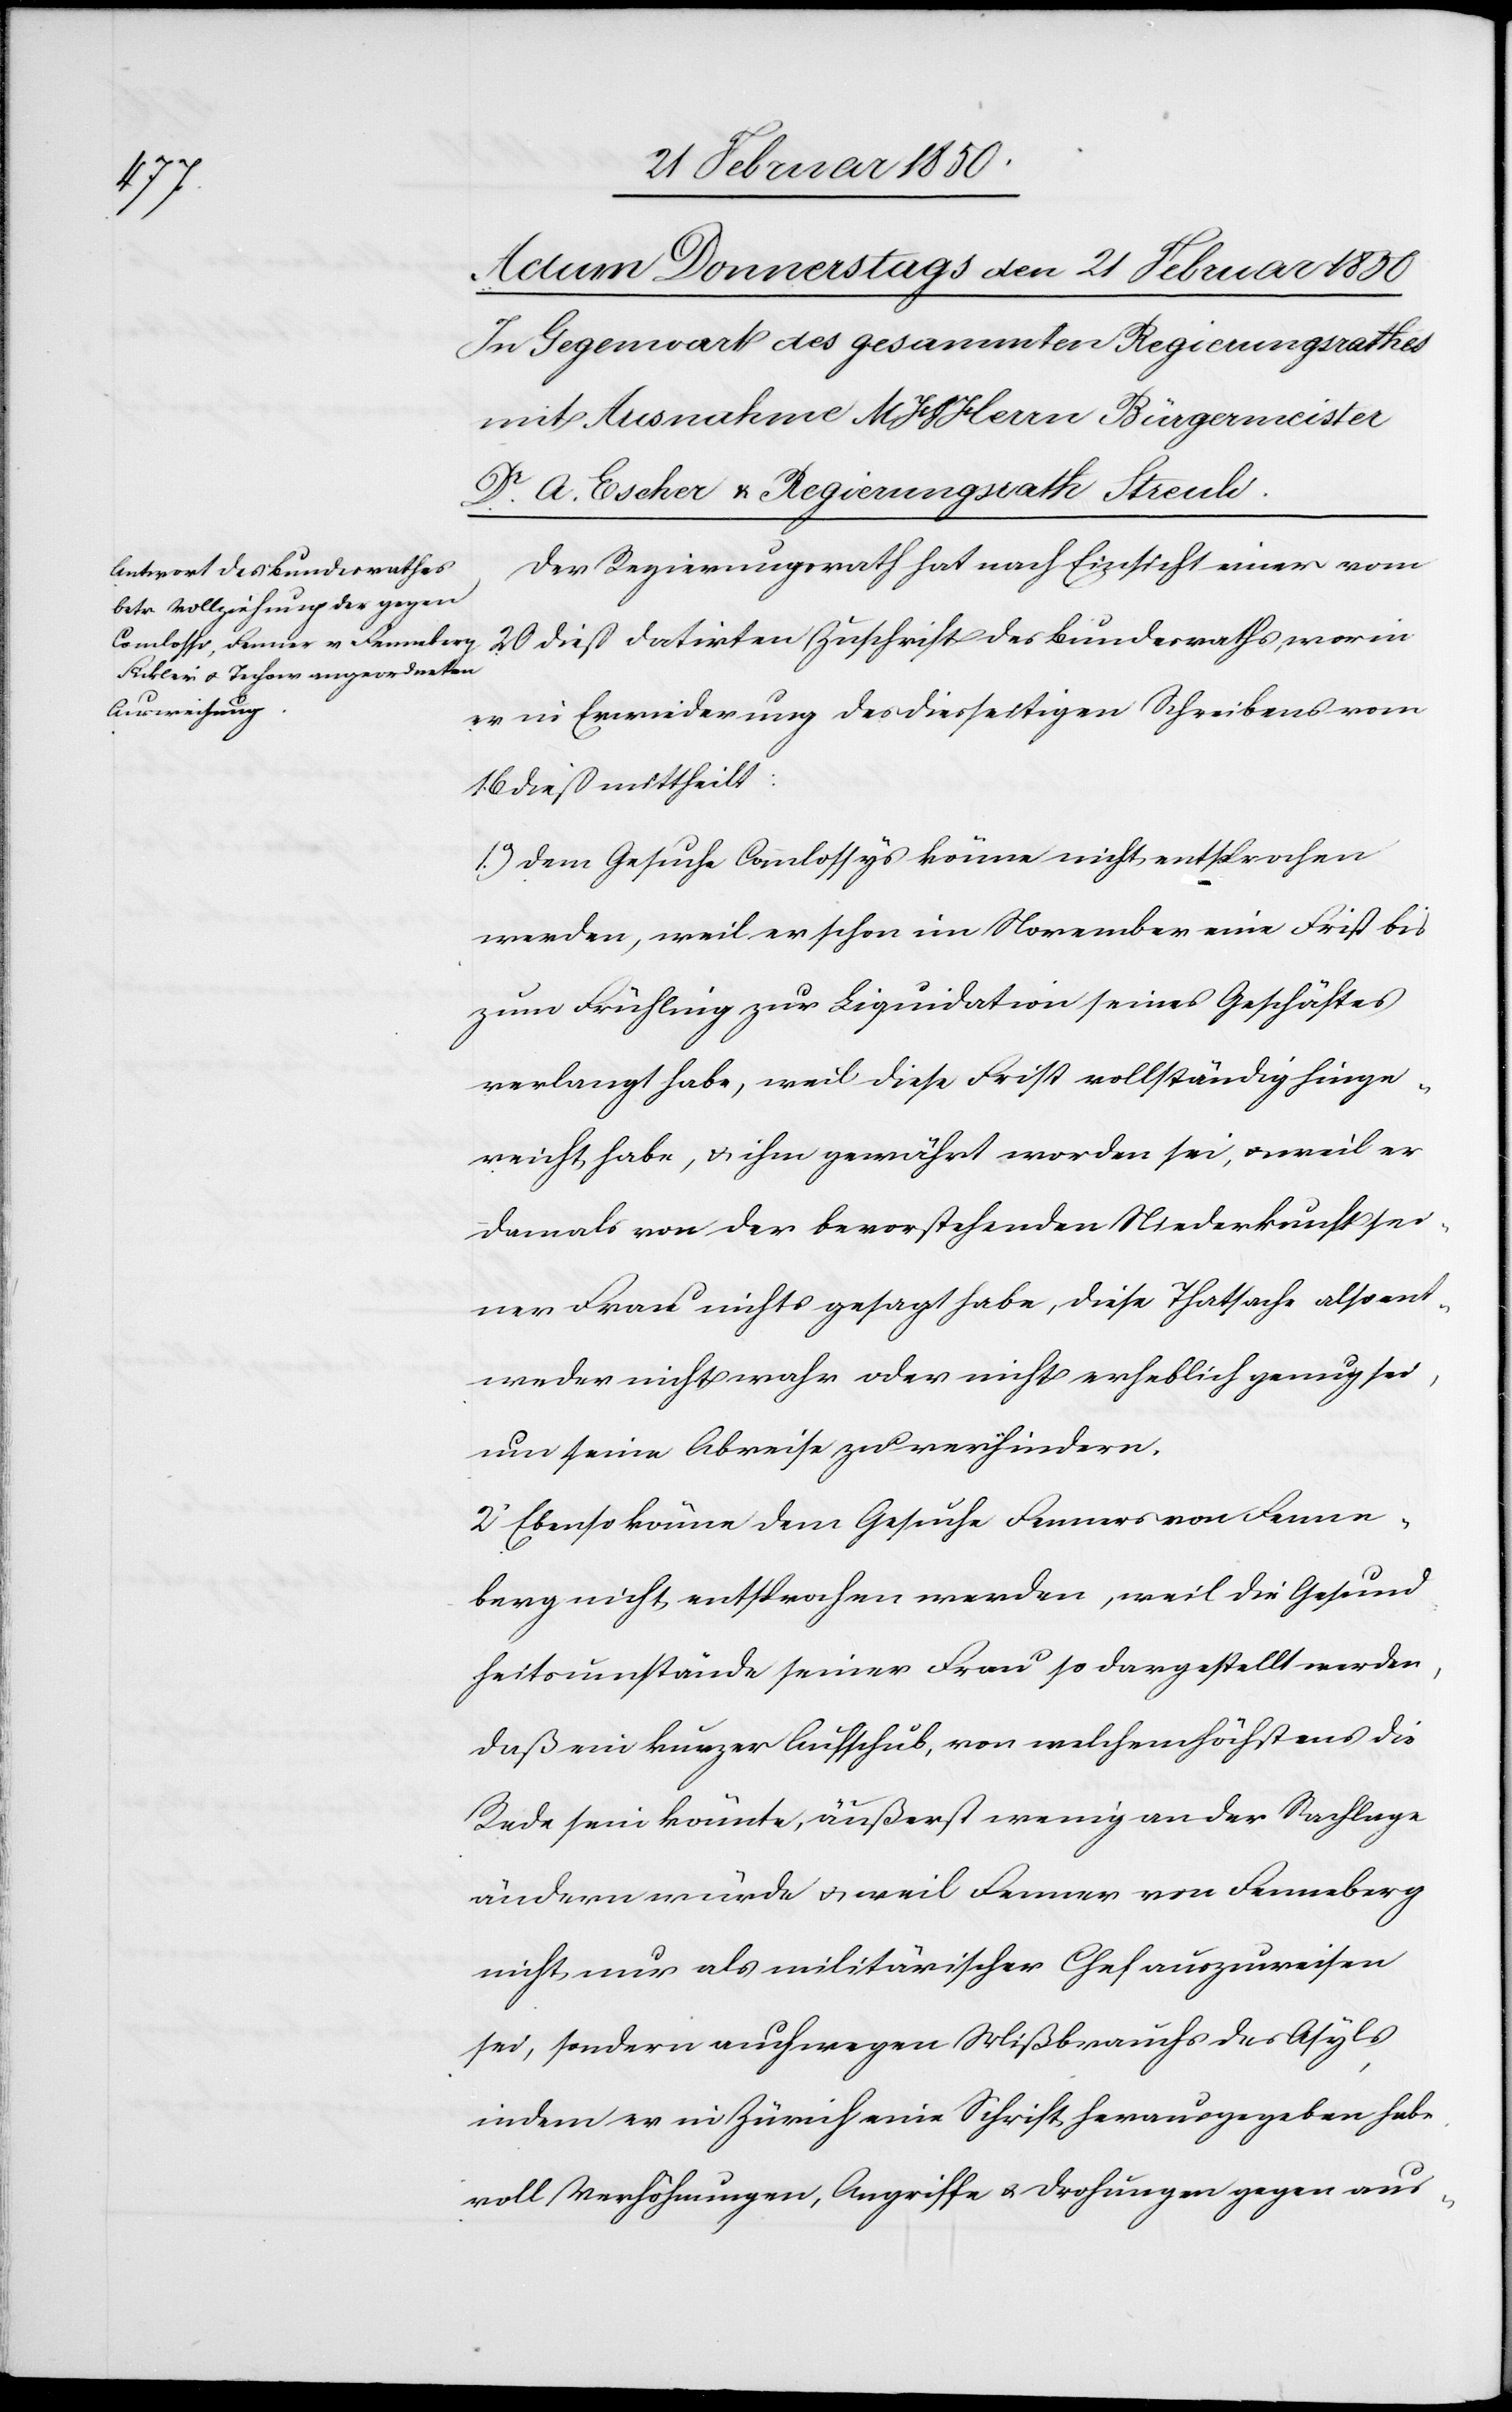
Der Regierungsrath hat nach Einsicht einer vom
20 dies datirten Zuschrift des Bundesrathes, worin
er in Erwiederung des diesseitigen Schreibens vom
16 dies mittheilt:
1.o) Dem Gesuche Comlossys [sic!] könne nicht entsprochen
werden, weil er schon im November eine Frist bis
zum Frühling zur Liquidation seines Geschäftes
verlangt habe, weil diese Frist vollständig hinge¬
reicht habe, u. ihm gewährt worden sei, u. weil er
damals von der bevorstehenden Niederkunft sei¬
ner Frau nichts gesagt habe, diese Thatsache also ent¬
weder nicht wahr oder nicht erheblich genug sei,
um seine Abreise zu verhindern.
2o Ebenso könne dem Gesuche Fenners von Fenne¬
berg nicht entsprochen werden, weil die Gesund¬
heitsumstände seiner Frau so dargestellt werden,
daß ein kurzer Aufschub, von welchem höchstens die
Rede sein könnte, äußerst wenig an der Sachlage
ändern würde u. weil Fenner von Fenneberg
nicht nur als militärischer Chef auszuweisen
sei, sondern auch wegen Mißbrauchs des Asyls,
indem er in Zürich eine Schrift herausgegeben habe,
voll Verhöhnungen, Angriffe u. Drohungen gegen aus-